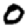
Digit: 0